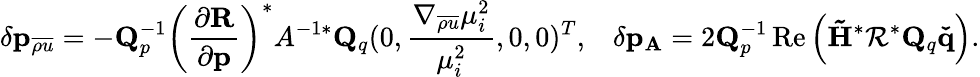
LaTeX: \delta\mathbf{p}_{\overline{{{\rho u}}}}=-\mathbf{Q}_{p}^{-1}\left(\frac{\partial\mathbf{R}}{\partial\mathbf{p}}\right)^{*}A^{-1*}\mathbf{Q}_{q}(0,\frac{\nabla_{\overline{{\rho u}}}\mu_{i}^{2}}{\mu_{i}^{2}},0,0)^{T},\; \; \; \delta\mathbf{p}_{\mathbf{A}}=2\mathbf{Q}_{p}^{-1}\operatorname{Re}\left(\mathbf{\tilde{H}}^{*}\mathbf{\mathcal{R}}^{*}\mathbf{Q}_{q}\mathbf{\check{q}}\right).